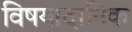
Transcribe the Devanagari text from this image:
विषयादानिक